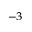
^ { - 3 }